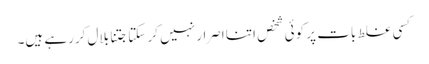
کسی غلط بات پر کوئی شخص اتنا اصرار نہیں کر سکتا جتنا بلال کررہے ہیں۔